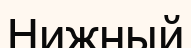
Нижный